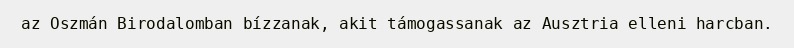
az Oszmán Birodalomban bízzanak, akit támogassanak az Ausztria elleni harcban.